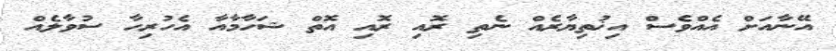
އޭނާއަށް އެއްވެސް އިޚުތިޔާރެއް ނެތި ރޮއި ރޮއި އޮތް ޝަހާމާއާ އެހުރިހާ ސުވާލެއް